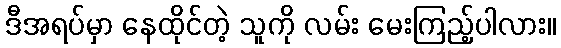
ဒီအရပ်မှာ နေထိုင်တဲ့ သူကို လမ်း မေးကြည့်ပါလား။